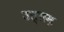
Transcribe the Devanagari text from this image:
उत्तम़